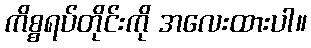
ကိစ္စရပ်တိုင်းကို အလေးထားပါ။